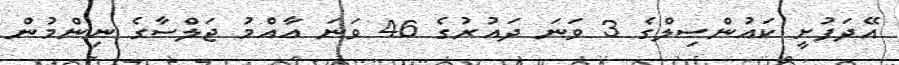
އޭދަފުށީ ކައުންސިލްގެ 3 ވަނަ ދައުރުގެ 46 ވަނަ އާއްމު ޖަލްސާގެ ނިންމުން